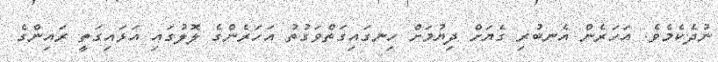
ނުދެކެމެވެ. އަހަރެން އެނބުރި ގެޔަށް ދިޔުމަށް ހިނގައިގަތްވަގުތު އަހަރެންގެ ލޮލުގައި އަޅައިގަތީ ރައިންގެ